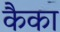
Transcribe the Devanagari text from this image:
कैका